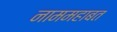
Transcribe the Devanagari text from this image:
नाममहाबत